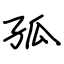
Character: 孤